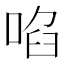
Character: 啗